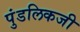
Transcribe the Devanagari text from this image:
पुंडलिकजी